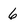
Character: 6